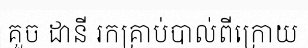
គួច ដានី រកគ្រាប់បាល់ពីក្រោយ